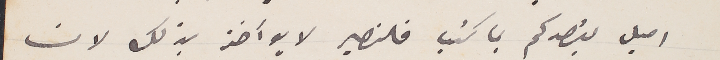
اميل يقصدكم بما كتب فالنصير لا يوآخذ بذلك لان